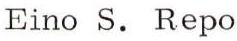
Eino S. Repo